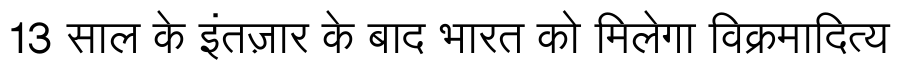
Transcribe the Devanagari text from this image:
13 साल के इंतज़ार के बाद भारत को मिलेगा विक्रमादित्य